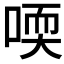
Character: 𠷀